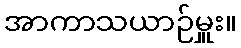
အာကာသယာဉ်မှူး။